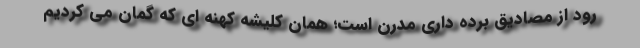
رود از مصادیق برده داری مدرن است؛ همان کلیشه کهنه ای که گمان می کردیم